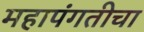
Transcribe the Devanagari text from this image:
महापंगतीचा